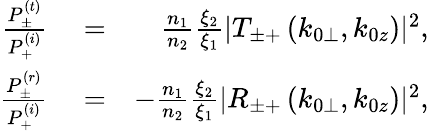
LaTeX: \begin{array}{rlr}{\frac{P_{\pm}^{(t)}}{P_{+}^{(i)}}}&{{}=}&{\frac{n_{1}}{n_{2}}\frac{\xi_{2}}{\xi_{1}}|T_{\pm+}\left(k_{0\perp},k_{0z}\right)|^{2},}\\ {\frac{P_{\pm}^{(r)}}{P_{+}^{(i)}}}&{{}=}&{-\frac{n_{1}}{n_{2}}\frac{\xi_{2}}{\xi_{1}}|R_{\pm+}\left(k_{0\perp},k_{0z}\right)|^{2},}\end{array}